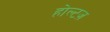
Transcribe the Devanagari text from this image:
होल्टज़